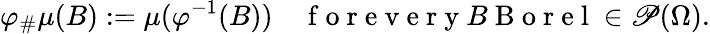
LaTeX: \varphi_{\# }\mu(B):=\mu(\varphi^{-1}(B))\quad\mathrm{~f~o~r~e~v~e~r~y~}B\mathrm{~B~o~r~e~l~}\in\mathscr{P}(\Omega).